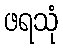
ဖရသုံ